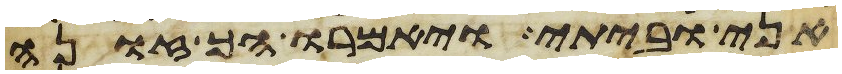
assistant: אני וביתי ויאמרו הך זונה